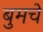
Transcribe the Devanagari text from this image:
बुमचे